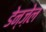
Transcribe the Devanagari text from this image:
डेन्ज़ेल